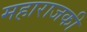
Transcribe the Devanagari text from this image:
महाराजकी